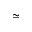
\simeq